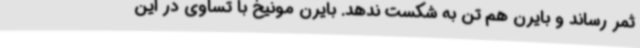
ثمر رساند و بایرن هم تن به شکست ندهد. بایرن مونیخ با تساوی در این